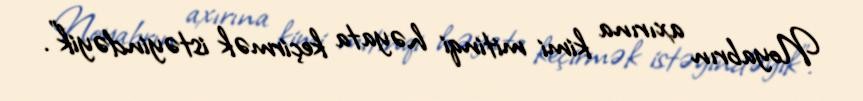
Noyabrın axırına kimi mitinqi həyata keçirmək istəyindəyik”.